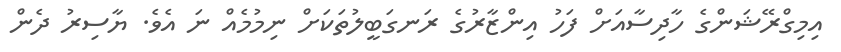
އިމިގްރޭޝަންގެ ހާދިސާއަށް ފަހު އިންޒާރުގެ ރަނގަބީލުތަކަށް ނިމުމެއް ނަ އެވެ. ޔާސިރު ދެން